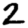
Digit: 2